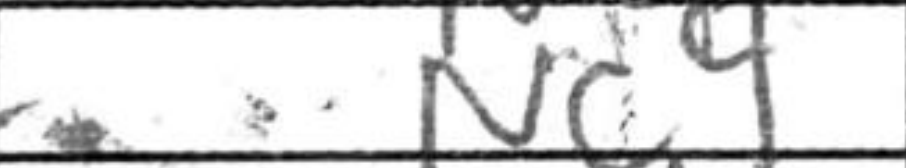
Transcription: Nc4